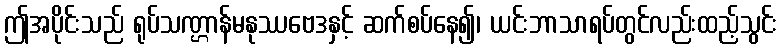
ဤအပိုင်းသည် ရုပ်သဏ္ဌာန်မနုဿဗေဒနှင့် ဆက်စပ်နေ၍၊ ယင်းဘာသာရပ်တွင်လည်းထည့်သွင်း